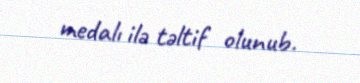
medalı ilə təltif olunub.